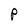
Character: P